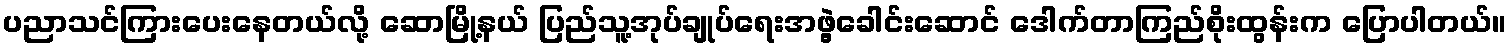
ပညာသင်ကြားပေးနေတယ်လို့ ဆောမြို့နယ် ပြည်သူ့အုပ်ချုပ်ရေးအဖွဲ့ခေါင်းဆောင် ဒေါက်တာကြည်စိုးထွန်းက ပြောပါတယ်။